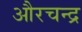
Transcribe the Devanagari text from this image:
औरचन्द्र